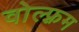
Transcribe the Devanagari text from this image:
वोल्फ़्रम